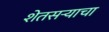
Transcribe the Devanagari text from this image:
शेतसऱ्याचा